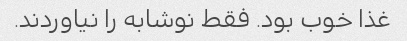
غذا خوب بود. فقط نوشابه را نیاوردند.